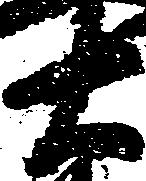
右